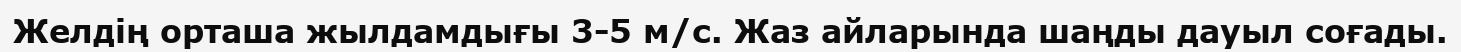
Желдің орташа жылдамдығы 3-5 м/с. Жаз айларында шаңды дауыл соғады.